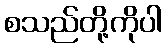
စသည်တို့ကိုပါ